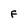
Character: F